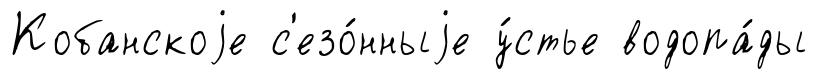
Кобанскоjе с'езо́нныjе у́стье водопа́ды